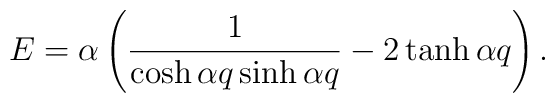
E= \alpha \left( \frac{1}{\cosh{\alpha q}\sinh{\alpha q}} - 2\tanh{\alpha q} \right).